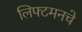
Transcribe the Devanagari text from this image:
लिफ्टमनचे